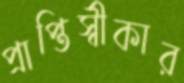
প্রাপ্তিস্বীকার